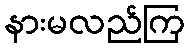
နားမလည်ကြ